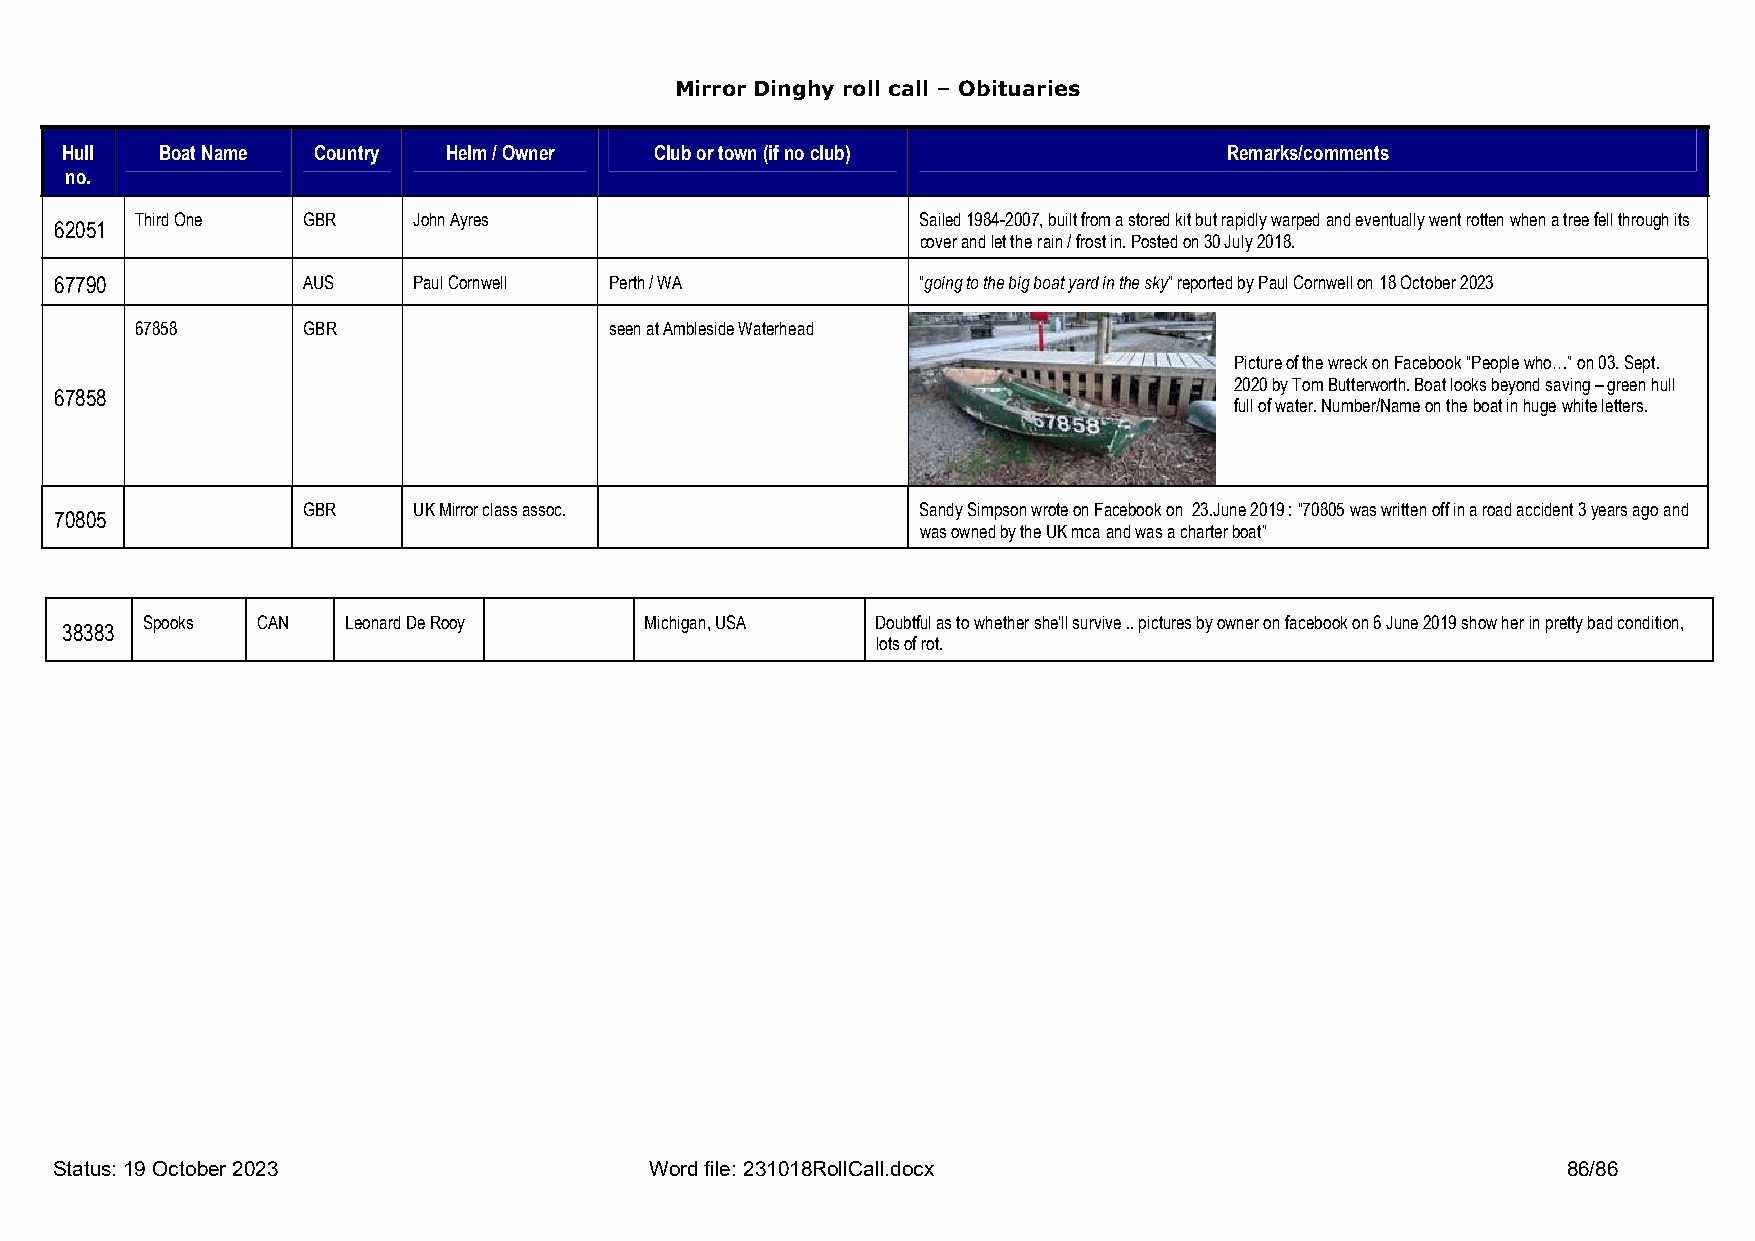
Mirror Dinghy roll call – Obituaries
 Hull  Boat Name  Country Helm / Owner  Club or town (if no club)             Remarks/comments
 no.
 Third One  GBR    John Ayres                        Sailed 1984-2007, built from a stored kit but rapidly warped and eventually went rotten when a tree fell through its
 62051
 cover and let the rain / frost in. Posted on 30 July 2018.
 67790           AUS    Paul Cornwell Perth / WA          “going to the big boat yard in the sky” reported by Paul Cornwell on 18 October 2023
 67858      GBR                 seen at Ambleside Waterhead
 Picture of the wreck on Facebook “People who…” on 03. Sept.
 2020 by Tom Butterworth. Boat looks beyond saving – green hull
 67858
 full of water. Number/Name on the boat in huge white letters.
 GBR    UK Mirror class assoc.            Sandy Simpson wrote on Facebook on 23.June 2019 : “70805 was written off in a road accident 3 years ago and
 70805
 was owned by the UK mca and was a charter boat”
 Spooks  CAN   Leonard De Rooy     Michigan, USA  Doubtful as to whether she’ll survive .. pictures by owner on facebook on 6 June 2019 show her in pretty bad condition,
 38383
 lots of rot.
 Status: 19 October 2023                Word file: 231018RollCall.docx                               86/86